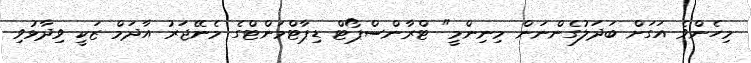
މިހެންވެ އަގަށް ބަދަލުގެންނަން މިނިންމީ" ޓްރާންސްޕޯޓް ޑިޕާޓްމަންޓްގެ މެނޭޖަރު އާދަމް ޒަކީ ވިދާޅުވި